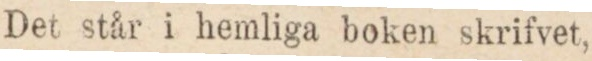
Det står i hemliga boken skrifvet,